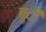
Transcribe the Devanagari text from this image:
बुदी